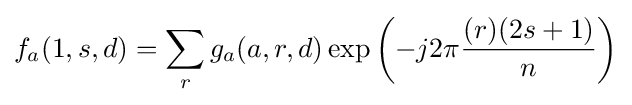
f_{a}(1,s,d)=\sum _{r}g_{a}(a,r,d)\exp \left(-j2\pi {\frac {(r)(2s+1)}{n}}\right)